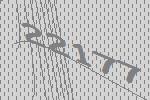
22177